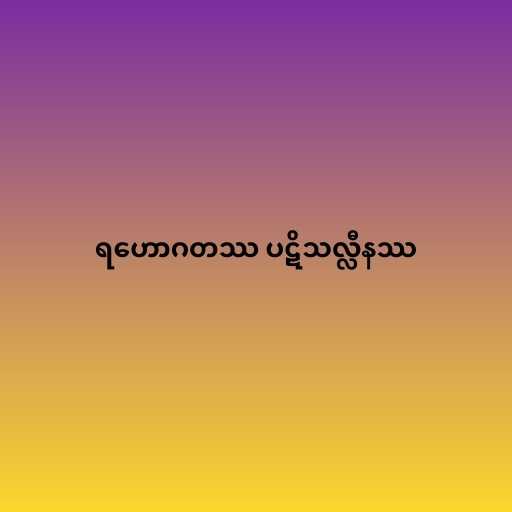
ရဟောဂတဿ ပဋိသလ္လီနဿ